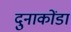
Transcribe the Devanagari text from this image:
दुनाकोंडा